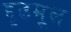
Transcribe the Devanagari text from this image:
द्दृढमूल